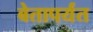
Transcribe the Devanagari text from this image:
बेतापर्यंत